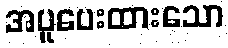
အပူပေးထားသော